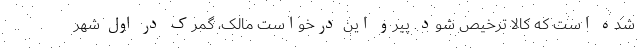
شده است که کالا ترخیص شود. پیرو این درخواست مالک، گمرک در اول شهر